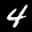
Label: 4